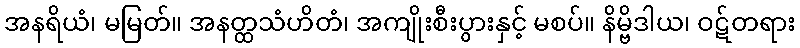
အနရိယံ၊ မမြတ်။ အနတ္ထသံဟိတံ၊ အကျိုးစီးပွားနှင့် မစပ်။ နိမ္ဗိဒါယ၊ ဝဋ်တရား